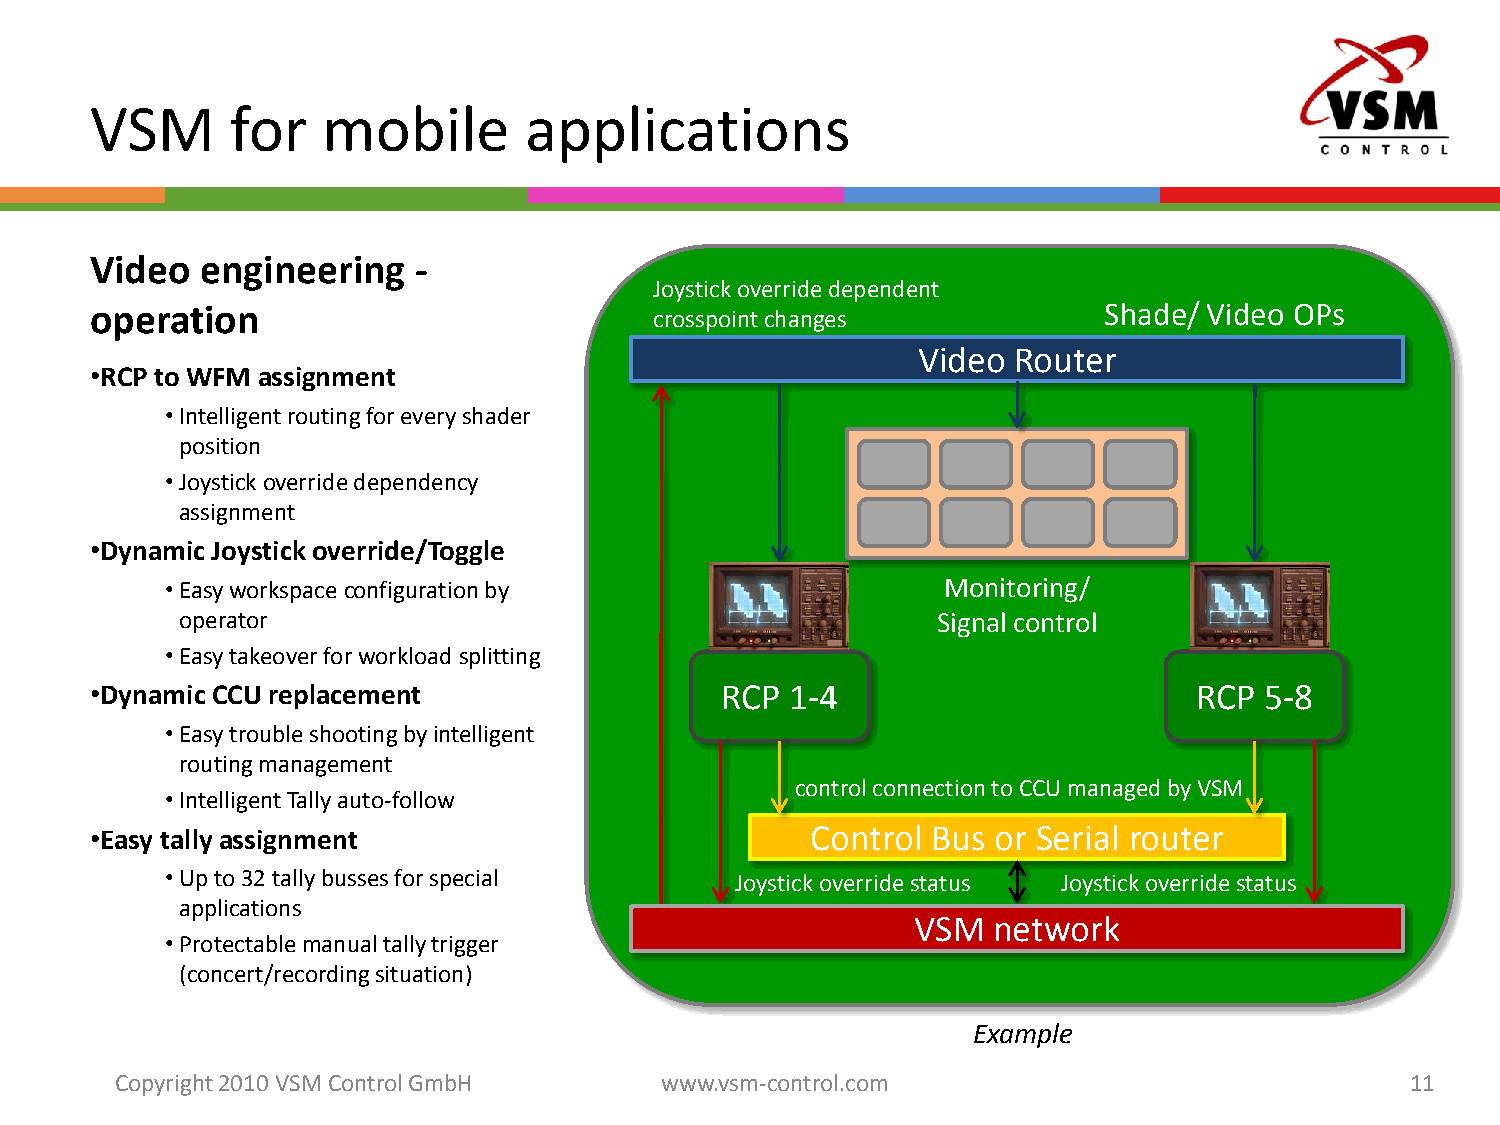
VSM      for   mobile        applications
 Video  engineering   -
 Joystick overridedependent
 operation                            crosspoint changes            Shade/ Video OPs
 Video Router
 •RCP to WFM assignment
 •Intelligent routingforeveryshader
 position
 •Joystick overridedependency
 assignment
 •Dynamic Joystick override/Toggle
 •Easy workspaceconfigurationby                      Monitoring/
 operator                                          Signal control
 •Easy takeoverforworkloadsplitting
 •Dynamic CCU replacement                  RCP 1-4                        RCP  5-8
 •Easy troubleshootingbyintelligent
 routingmanagement
 controlconnectiontoCCU managedbyVSM
 •Intelligent Tallyauto-follow
 •Easy tally assignment                          Control Bus or Serial router
 •Upto32 tallybussesforspecial         Joystick overridestatus Joystick overridestatus
 applications
 VSM  network
 •Protectablemanualtallytrigger
 (concert/recordingsituation)
 Example
 Copyright 2010 VSM ControlGmbH      www.vsm-control.com                              11